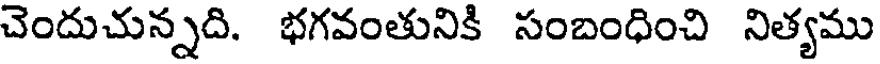
చెందుచున్నది. భగవంతునికి సంబంధించి నిత్యము